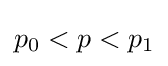
p_{0}<p<p_{1}